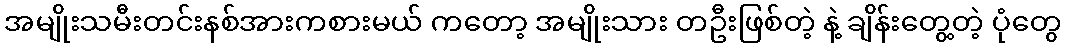
အမျိုးသမီးတင်းနစ်အားကစားမယ် ကတော့ အမျိုးသား တဦးဖြစ်တဲ့ နဲ့ ချိန်းတွေ့တဲ့ ပုံတွေ